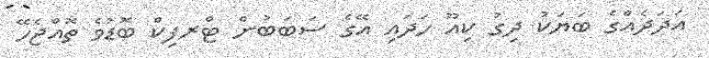
އަދަދެއްގެ ބަޔަކު ދިގު ކިއޫ ހަދައި އޭގެ ސަބަބުން ޓްރފިކް ބޮޑުވެ ތޮއްޖެހޭ